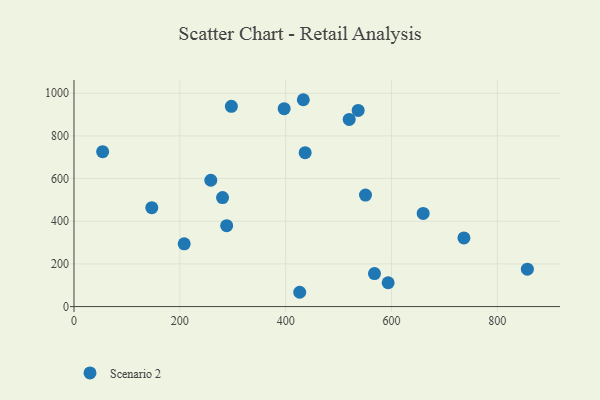
{"axis": {"x": "Ad Spend", "y": "Demand"}, "legend": ["Scenario 2"], "data": [{"x": "537.0", "y": 919.4, "type": "Scenario 2"}, {"x": "147.0", "y": 463.6, "type": "Scenario 2"}, {"x": "426.5", "y": 67.1, "type": "Scenario 2"}, {"x": "297.4", "y": 938.8, "type": "Scenario 2"}, {"x": "567.8", "y": 154.6, "type": "Scenario 2"}, {"x": "856.7", "y": 175.2, "type": "Scenario 2"}, {"x": "258.5", "y": 592.1, "type": "Scenario 2"}, {"x": "659.8", "y": 436.9, "type": "Scenario 2"}, {"x": "433.3", "y": 969.6, "type": "Scenario 2"}, {"x": "288.5", "y": 379.1, "type": "Scenario 2"}, {"x": "397.1", "y": 927.7, "type": "Scenario 2"}, {"x": "54.1", "y": 726.1, "type": "Scenario 2"}, {"x": "736.8", "y": 321.9, "type": "Scenario 2"}, {"x": "436.8", "y": 721.5, "type": "Scenario 2"}, {"x": "280.7", "y": 510.9, "type": "Scenario 2"}, {"x": "550.8", "y": 522.7, "type": "Scenario 2"}, {"x": "208.2", "y": 294.2, "type": "Scenario 2"}, {"x": "520.0", "y": 877.1, "type": "Scenario 2"}, {"x": "593.6", "y": 111.7, "type": "Scenario 2"}]}